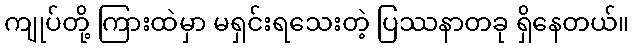
ကျုပ်တို့ ကြားထဲမှာ မရှင်းရသေးတဲ့ ပြဿနာတခု ရှိနေတယ်။